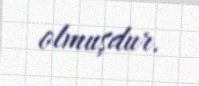
olmuşdur.